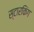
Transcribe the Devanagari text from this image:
स्‍टारकिंग